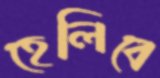
হেলিবে